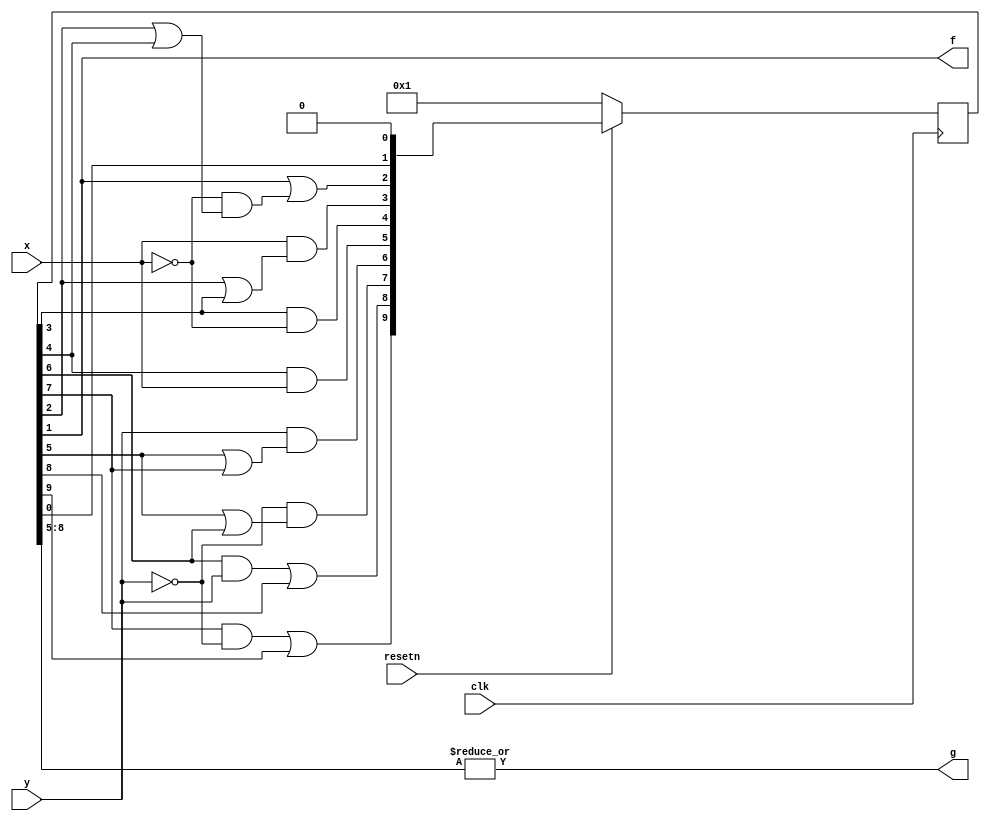
// SPDX-License-Identifier: MIT

module top_module (
    input clk,
    input resetn,    // active-low synchronous reset
    input x,
    input y,
    output f,
    output g
);
    //               +---+       +-+
    //               v  !x       v x
    // A -> B/f=1 -> C/f=0 - x -> D - !x -> E - x -> F/g=1 - y -> G/g=1 -> y -> I/g=1
    //               ^                     !x         |           ^ !y
    //               +----------------------+         |           y  v
    //                                                 \--- !y -> H/g=1 -> !y -> J/g=0
    reg [9:0] s;
    wire [9:1] S;

    assign S[1] = s[0];
    assign S[2] = s[1] | (!x & (s[2] | s[4]));
    assign S[3] = x & (s[2] | s[3]);
    assign S[4] = s[3] & !x;
    assign S[5] = s[4] & x;
    assign S[6] = y & (s[5] | s[7]);
    assign S[7] = !y & (s[5] | s[6]);
    assign S[8] = (s[6] & y) | s[8];
    assign S[9] = (s[7] & !y) | s[9];

    assign f = s[1];
    assign g = |s[8:5];

    always @(posedge clk) begin
        if (!resetn) s <= 10'b1;
        else s <= {S, 1'b0};
    end

endmodule